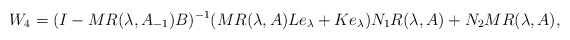
\begin{align*} W_4=(I-MR(\lambda,A_{-1})B)^{-1}(MR(\lambda,A)Le_\lambda+Ke_\lambda)N_1R(\lambda,A)+N_2MR(\lambda,A),\end{align*}